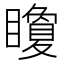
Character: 矎